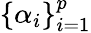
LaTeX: \{ \alpha_{i}\} _{i=1}^{p}